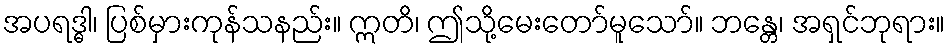
အပရဒ္ဓါ၊ ပြစ်မှားကုန်သနည်း။ ဣတိ၊ ဤသို့မေးတော်မူသော်။ ဘန္တေ၊ အရှင်ဘုရား။